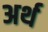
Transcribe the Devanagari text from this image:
अर्थ